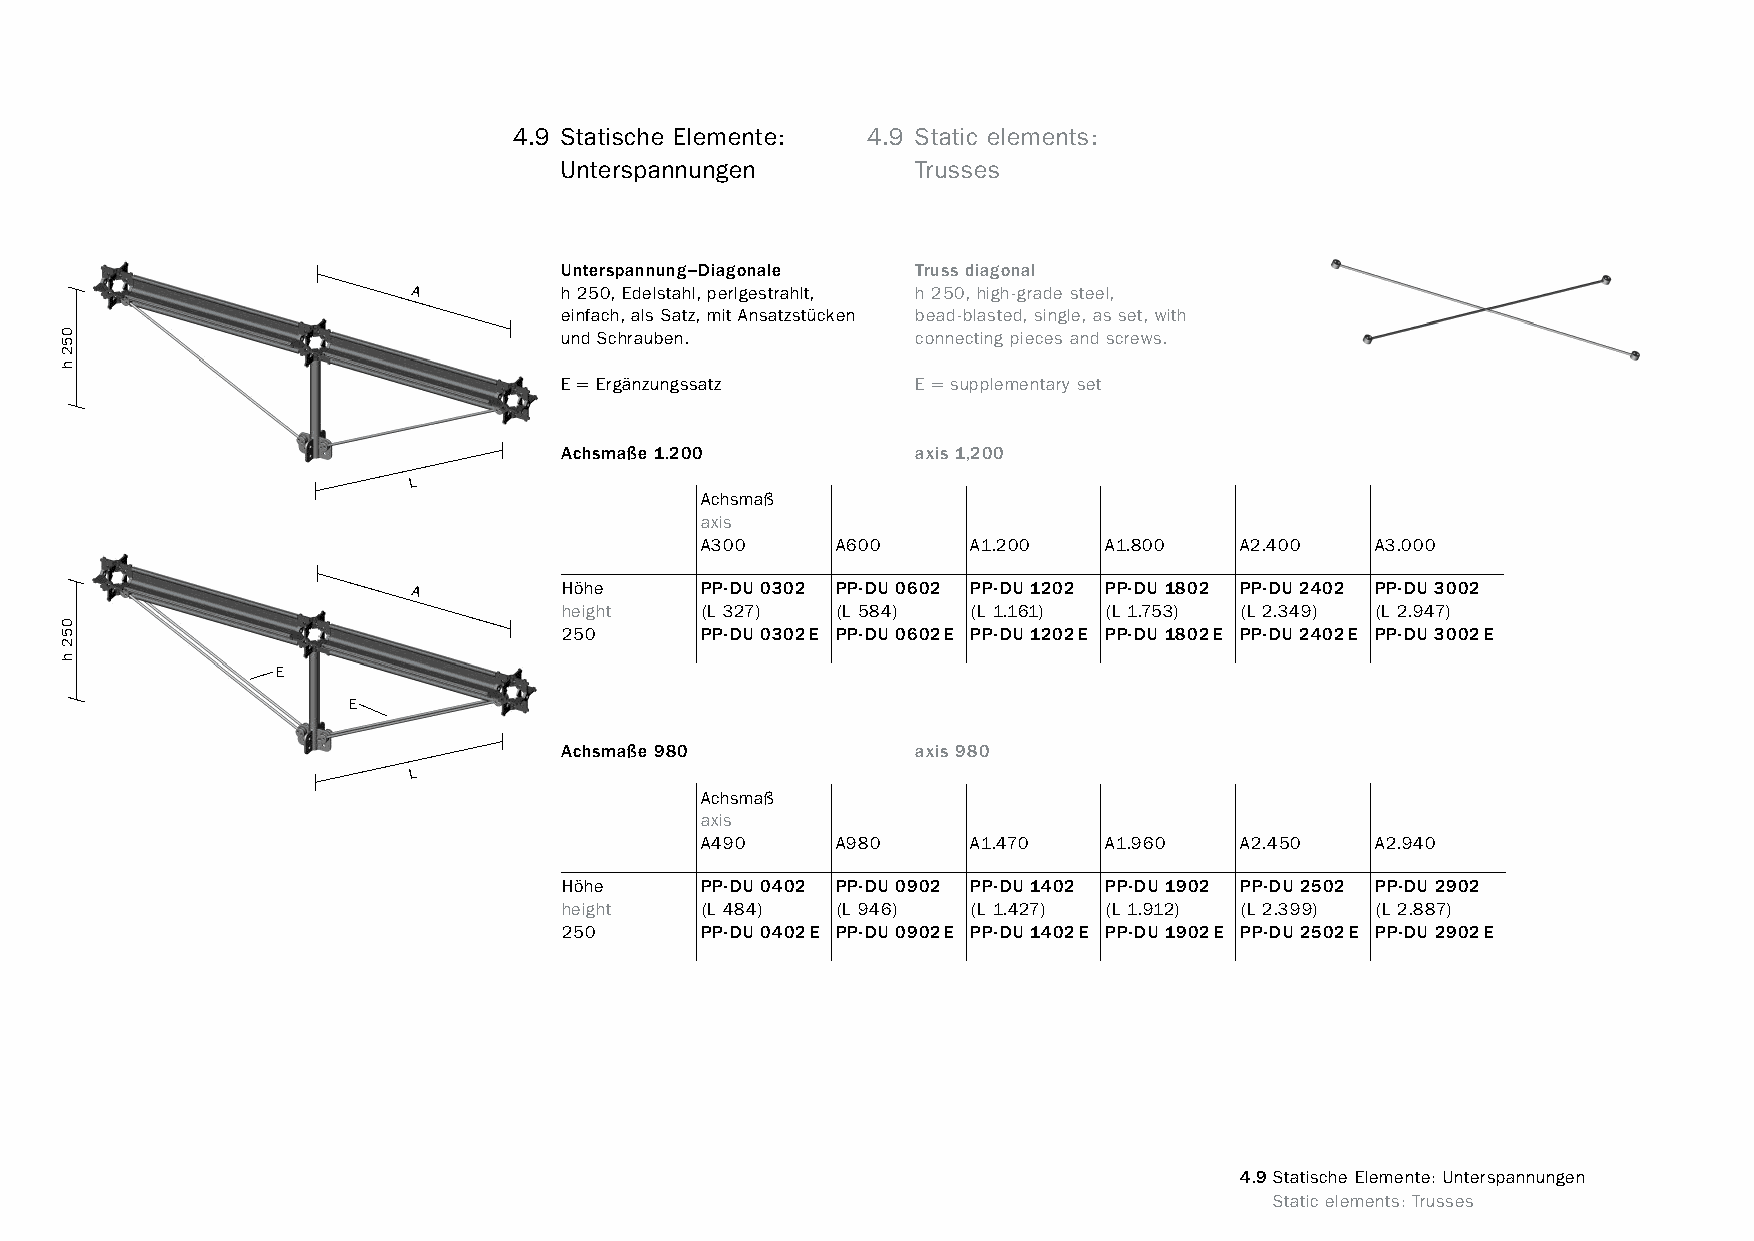
constructivpila petite        4.9 Statische Elemente: 4.9 Static elements:
 Unterspannungen         Trusses
 Unterspannung–Diagonale Truss diagonal
 A         h 250, Edelstahl, perlgestrahlt, h 250, high-grade steel,
 einfach, als Satz, mit Ansatzstücken bead-blasted, single, as set, with
 und Schrauben.          connecting pieces and screws.
 E = Ergänzungssatz      E = supplementary set
 Achsmaße 1.200          axis 1,200
 L
 Achsmaß
 axis
 A300     A600     A1.200   A1.800   A2.400   A3.000
 A         Höhe     PP-DU 0302 PP-DU 0602 PP-DU 1202 PP-DU 1802 PP-DU 2402 PP-DU 3002
 height   (L 327)  (L 584)  (L 1.161) (L 1.753) (L 2.349) (L 2.947)
 250      PP-DU 0302E PP-DU 0602E PP-DU 1202E PP-DU 1802E PP-DU 2402E PP-DU 3002E
 E
 E
 Achsmaße 980            axis 980
 L
 Achsmaß
 axis
 A490     A980     A1.470   A1.960   A2.450   A2.940
 Höhe     PP-DU 0402 PP-DU 0902 PP-DU 1402 PP-DU 1902 PP-DU 2502 PP-DU 2902
 height   (L 484)  (L 946)  (L 1.427) (L 1.912) (L 2.399) (L 2.887)
 250      PP-DU 0402E PP-DU 0902E PP-DU 1402E PP-DU 1902E PP-DU 2502E PP-DU 2902E
 4.9Statische Elemente: Unterspannungen
 www.burkhardtleitner.de                                                         Static elements: Trusses
 052h
 052h